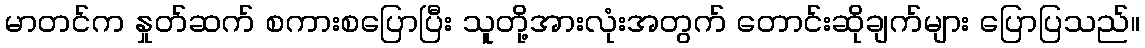
မာတင်က နှုတ်ဆက် စကားစပြောပြီး သူတို့အားလုံးအတွက် တောင်းဆိုချက်များ ပြောပြသည်။